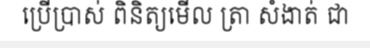
ប្រើប្រាស់ ពិនិត្យមើល ត្រា សំងាត់ ជា